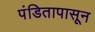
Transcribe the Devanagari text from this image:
पंडितापासून